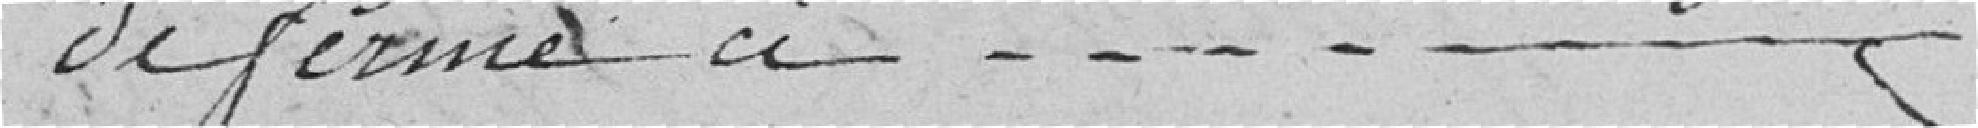
de ferme à